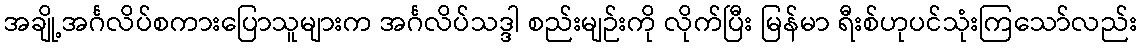
အချို့အင်္ဂလိပ်စကားပြောသူများက အင်္ဂလိပ်သဒ္ဒါ စည်းမျဉ်းကို လိုက်ပြီး မြန်မာ ရီးစ်ဟုပင်သုံးကြသော်လည်း